Report on the nature of kala-azar
Disease focus: Kala-Azar
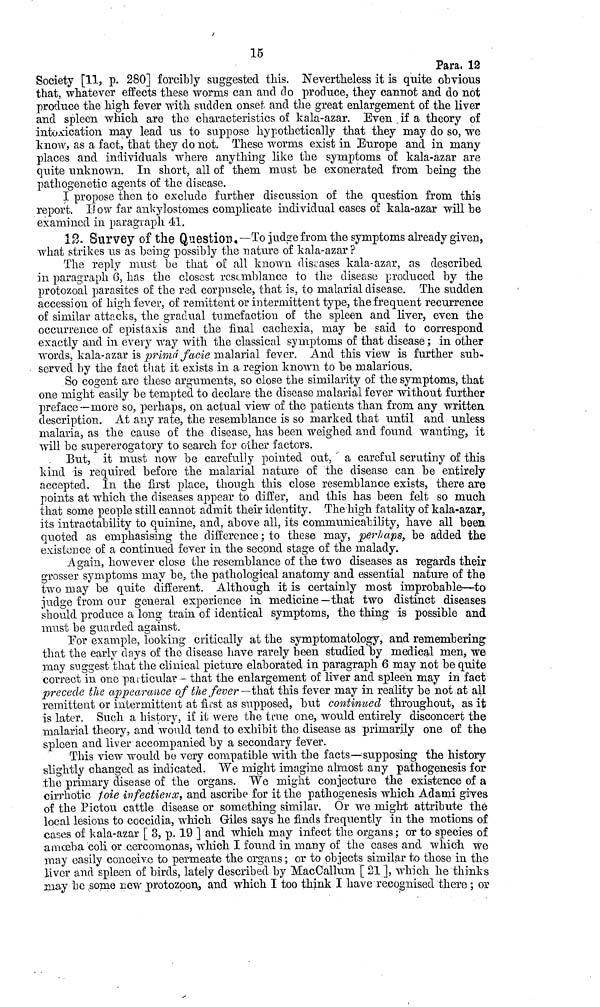
15
Para. 12
Society [11, p. 280] forcibly suggested this. Nevertheless it is quite obvious
that, whatever effects these worms can and do produce, they cannot and do not
produce the high fever with sudden onset and the great enlargement of the liver
and spleen which are the characteristics of kala-azar. Even if a theory of
intoxication may lead us to suppose hypothetically that they may do so, we
know, as a fact, that they do not. These worms exist in Europe and in many
places and individuals where anything like the symptoms of kala-azar are
quite unknown. In short, all of them must be exonerated from being the
pathogenetic agents of the disease.
I propose then to exclude further discussion of the question from this
report. How far ankylostomes complicate individual cases of kala-azar will be
examined in paragraph él.
12. Survey of the Question. —To judge from the symptoms already given,
what strikes us as being possibly the nature of kala-azar?
The reply must be that of all known diseases kala-azar, as described
in paragraph 6, has the closest resemblance to the disease produced by the
protozoal parasites of the red corpuscle, that is, to malarial disease. The sudden
accession of high fever, of remittent or intermittent type, the frequent recurrence
of similar attacks, the gradual tumefaction of the spleen and liver, even the
occurrence of epistaxis and the final cachexia, may be said to correspond
exactly and in every way with the classical symptoms of that disease ; in other
words, kala-azar is prima facie malarial fever. And this view is further sub-
served by the fact that it exists in a region known to be malarious.
So cogent are these arguments, so close the similarity of the symptoms, that
one might easily be tempted to declare the disease malarial fever without further
preface — more so, perhaps, on actual view of the patients than from any written
description. At any rate, the resemblance is so marked that until and unless
malaria, as the cause of the disease, has been weighed and found wanting, it
will be supererogatory to search for other factors.
But, it must now be carefully pointed out, a careful scrutiny of this
kind is required before the malarial nature of the disease can be entirely
accepted. In the first place, though this close resemblance exists, there are
points at which the diseases appear to differ, and this has been felt so much
that some people still cannot admit their identity. The high fatality of kala-azar,
its intractability to quinine, and, above all, its communicability, have all been
quoted as emphasising the difference ; to these may, perhaps, be added the
existence of a continued fever in the second stage of the malady.
Again, however close the resemblance of the two diseases as regards their
grosser symptoms may be, the pathological anatomy and essential nature of the
two may be quite different. Although it is certainly most improbable—to
judge from our general experience in medicine — that two distinct diseases
should produce a long train of identical symptoms, the thing is possible and
must be guarded against.
For example, looking critically at the symptomatology, and remembering
that the early days of the disease have rarely been studied by medical men, we
may suggest that the clinical picture elaborated in paragraph 6 may not be quite
correct in one particular - that the enlargement of liver and spleen may in fact
precede the appearance of the fever — that this fever may in reality be not at all
remittent or intermittent at first as supposed, but continued throughout, as it
is later. Such a history, if it were the true one, would entirely disconcert the
malarial theory, and would tend to exhibit the disease as primarily one of the
spleen and liver accompanied by a secondary fever.
This view would be very compatible with, the facts — supposing the history
slightly changed as indicated. We might imagine almost any pathogenesis for
the primary disease of the organs. We might conjecture the existence of a
cirrhotic foie infectieux, and ascribe for it the pathogenesis which Adami gives
of the Pictou cattle disease or something similar. Or we might attribute the
local lesions to coccidia, which Giles says he finds frequently in the motions of
cases of kala-azar [ 3, p. 19 ] and which may infect the organs ; or to species of
amœba coli or cercomonas, which I found in many of the cases and which we
may easily conceivo to permeate the organs ; or to objects similar to those in the
liver and spleen of birds, lately described by MacCallum [ 21 ], which he thinks
may be some new protozoon, and which I too think I have recognised there ; or